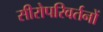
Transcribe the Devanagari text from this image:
सीरोपरिवर्तनों